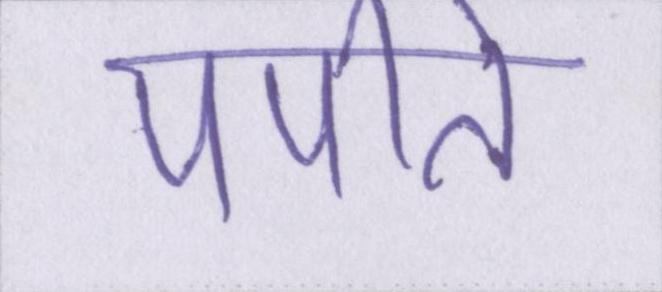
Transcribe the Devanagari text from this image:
पपीते